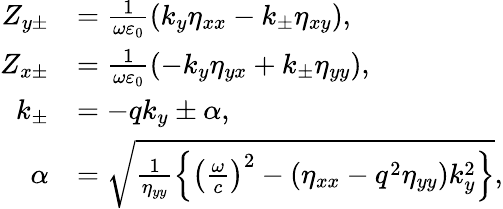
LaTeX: \begin{array}{rl}{Z_{y\pm}}&{=\frac{1}{\omega\varepsilon_{0}}\left(k_{y}\eta_{xx}-k_{\pm}\eta_{xy}\right),}\\ {Z_{x\pm}}&{=\frac{1}{\omega\varepsilon_{0}}\left(-k_{y}\eta_{yx}+k_{\pm}\eta_{yy}\right),}\\ {k_{\pm}}&{=-qk_{y}\pm\alpha,}\\ {\alpha}&{=\sqrt{\frac{1}{\eta_{yy}}\left\{ \left(\frac{\omega}{c}\right)^{2}-\left(\eta_{xx}-q^{2}\eta_{yy}\right)k_{y}^{2}\right\} },}\end{array}